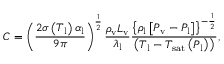
C = \left( \frac { 2 \sigma \left( T _ { \mathrm { l } } \right) \alpha _ { \mathrm { l } } } { 9 \pi } \right) ^ { \frac { 1 } { 2 } } \frac { \rho _ { \mathrm { v } } L _ { \mathrm { v } } } { \lambda _ { \mathrm { l } } } \frac { \left\{ \rho _ { \mathrm { l } } \left[ P _ { \mathrm { v } } - P _ { \mathrm { l } } \right] \right\} ^ { - \frac { 1 } { 2 } } } { \left( T _ { \mathrm { l } } - T _ { \mathrm { s a t } } \left( P _ { \mathrm { l } } \right) \right) } , \,